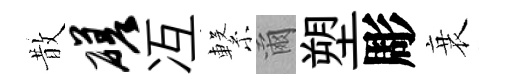
散磋冱繋爾塑彫衰